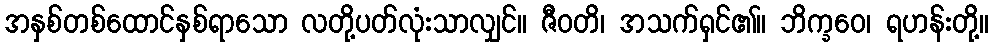
အနှစ်တစ်ထောင်နှစ်ရာသော လတို့ပတ်လုံးသာလျှင်။ ဇီဝတိ၊ အသက်ရှင်၏။ ဘိက္ခဝေ၊ ရဟန်းတို့။